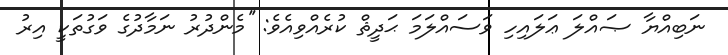
ނަބިއްޔާ ޞައްލަ ޢަލައިހި ވަސައްލަމަ ޙަދީޘް ކުރެއްވިއެވެ: ''މެންދުރު ނަމާދުގެ ވަގުތަކީ އިރު